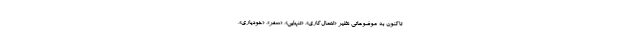
تاکنون به موضوعاتی نظیر «اهمال‌کاری»، «تنهایی»، «سفر»، «خودیاری»،